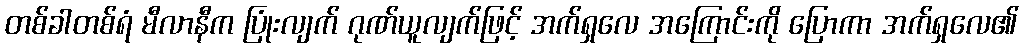
တစ်ခါတစ်ရံ မီလာနီက ပြုံးလျက် ဂုဏ်ယူလျက်ဖြင့် အက်ရှလေ အကြောင်းကို ပြောကာ အက်ရှလေ၏